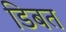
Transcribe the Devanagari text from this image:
डिबत